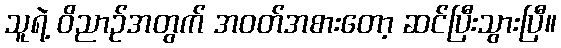
သူရဲ့ ဝိညာဉ်အတွက် အဝတ်အစားတော့ ဆင်ပြီးသွားပြီ။